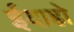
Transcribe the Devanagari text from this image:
ईदाहो